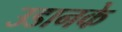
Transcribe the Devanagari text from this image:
उडानके